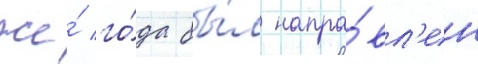
же́ го́да бы́л напра́вл'ен